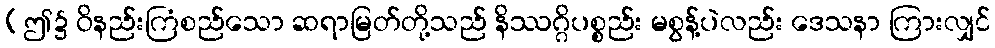
(ဤ၌ ဝိနည်းကြံစည်သော ဆရာမြတ်တို့သည် နိဿဂ္ဂိပစ္စည်း မစွန့်ပဲလည်း ဒေသနာ ကြားလျှင်